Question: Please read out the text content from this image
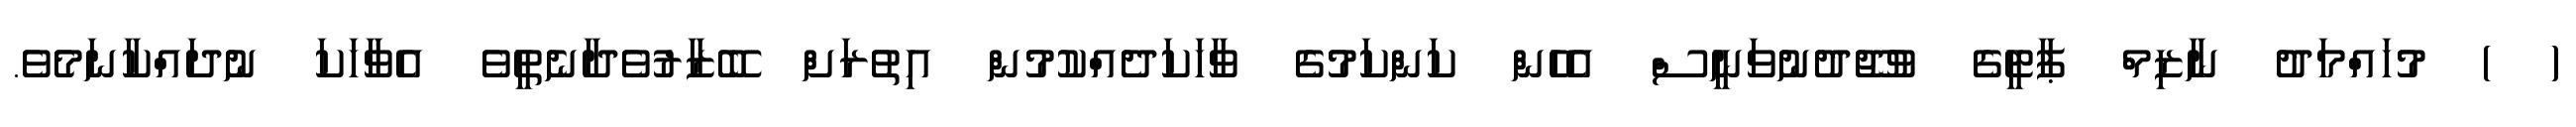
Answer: ( ) މުހައްމަދު ނާޒިމް ޕާޓީގެ ވުޖޫދުނުވަނީސް އެހެން ކަންކަމުގެ ވާހަކަދެއްކުމުން އިތުރަށް ބޭޒާރުވެދާނެތީވެ އެވާހަކަ ނުދައްކާނަމެވެ.